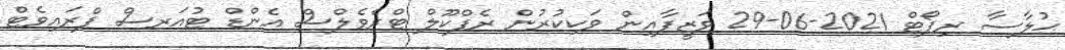
ޙުލާސާ ރިޕޯޓް 2021-06-29 ވަޒީފާއިން ވަކިކުރުން ރެފްކޫލް ޓްރެވެލްސް އެންޑް ޓުއަރސް ޕްރައިވެޓް